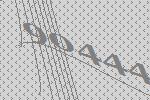
90444